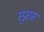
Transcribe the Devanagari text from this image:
स्प्रुसस